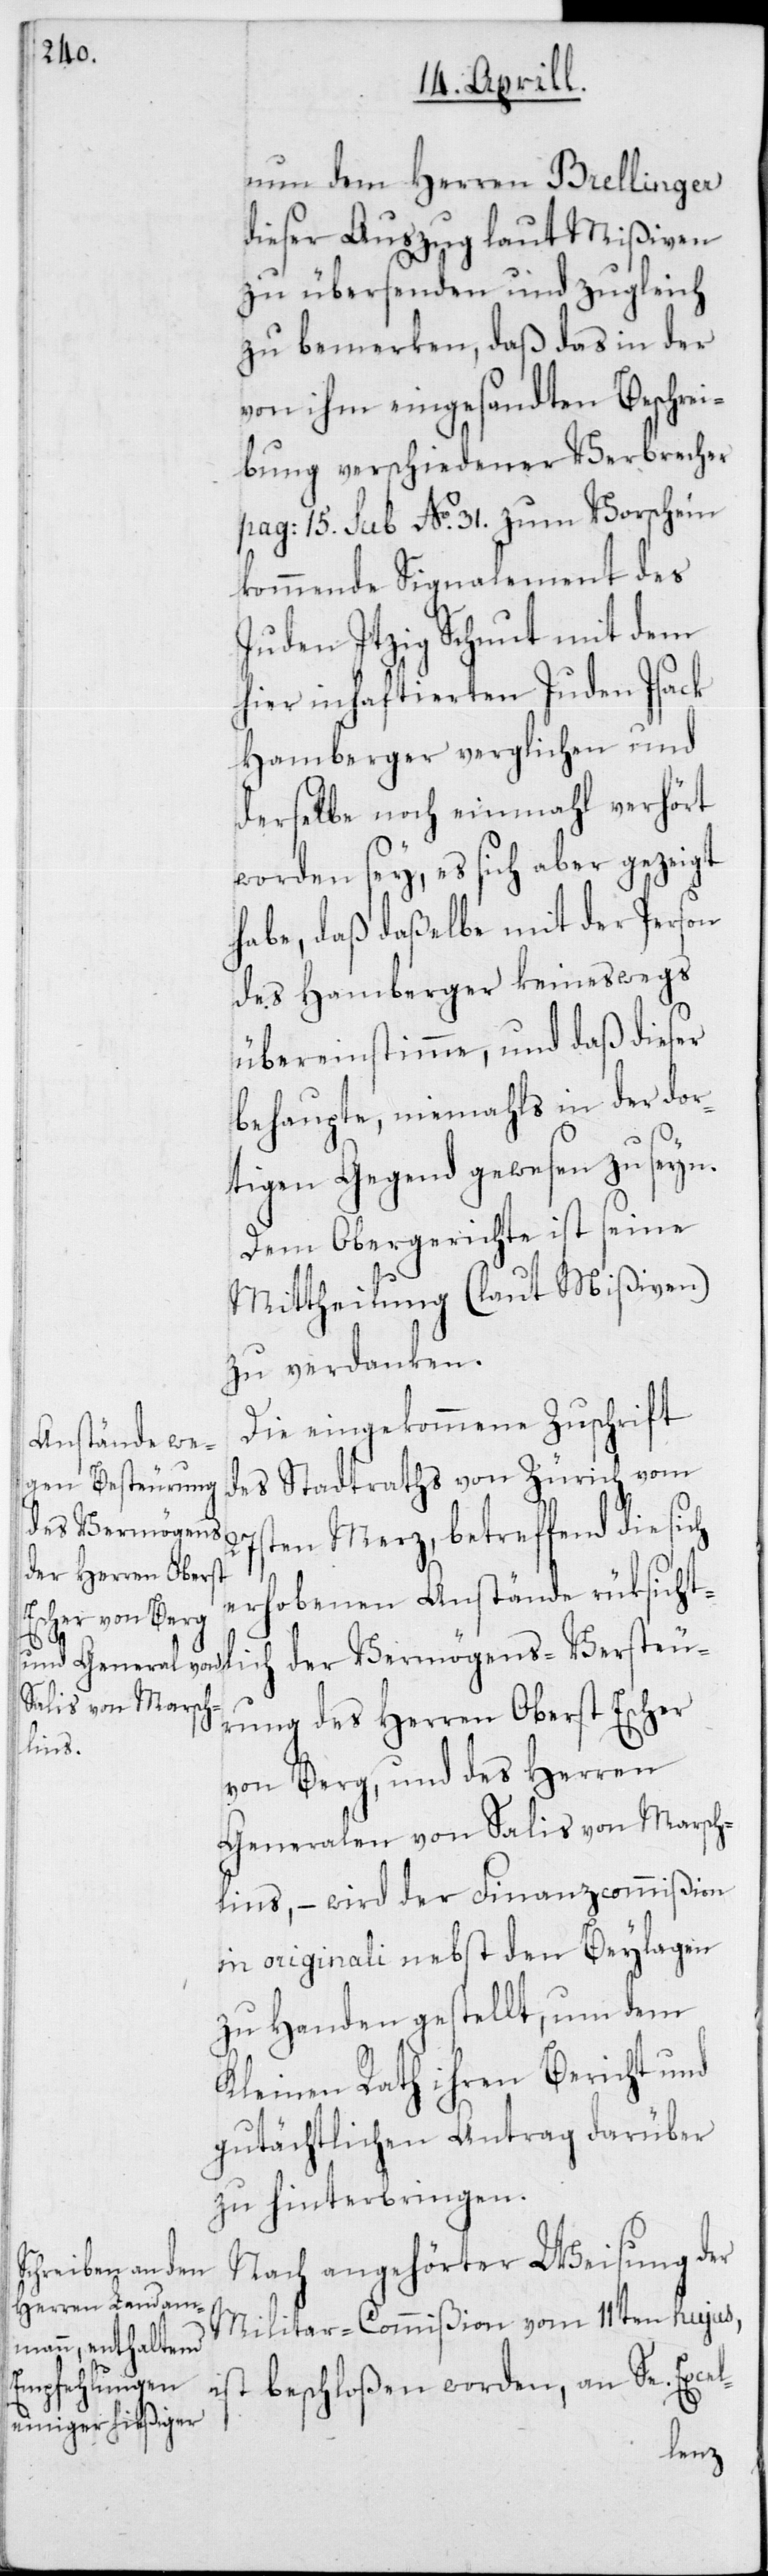
27s¬

nun dem Herren Brellinger
dieser Auszug laut Mißiven
zu übersenden und zugleich
zu bemerken, daß das in der
von ihm eingesandten Beschrei¬
bung verschiedener Verbrecher
pag: 15. sub No 31. zum Vorschein
kommende Signalement des
Juden Itzig Schnut mit dem
hier inhaftierten Juden Isack
Hamberger verglichen und
derselbe noch einmal verhört
worden sey, es sich aber gezeigt
habe, daß daßelbe mit der Person
des Hamberger keineswegs
übereinstimme, und daß dieser
behaupte, niemahls in der dor¬
tigen Gegend gewesen zu seyn.
Dem Obergerichte ist seine
Mittheilung (laut Mißiven)
zu verdanken.
Die eingekommene Zuschrift
des Stadtraths von Zürich vom
der Vermögens-Ver¬
ten Merz, betreffend die sich
erhobenen Anstände rüksicht¬
rung des Herren Oberst Escher
lich
von Berg, und des Herren
Generalen von Salis von Marsch¬
lins, – wird der Finanzcommißion
in originali nebst den Beylagen
zu Handen gestellt, um dem
Kleinen Rath ihren Bericht und
gutächtlichen Antrag darüber
zu hinterbringen.
Nach angehörter Weisung der
Militar-Commißion vom 11ten hujus,
ist beschloßen worden, an Se. Excel-
steu¬